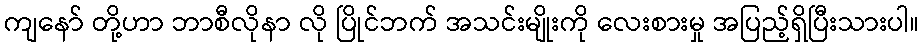
ကျနော် တို့ဟာ ဘာစီလိုနာ လို ပြိုင်ဘက် အသင်းမျိုးကို လေးစားမှု အပြည့်ရှိပြီးသားပါ။